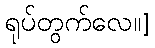
ရုပ်တွက်လေ။]